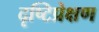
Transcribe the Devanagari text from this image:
दृष्टिप्रेक्षण